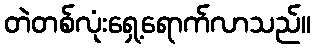
တဲတစ်လုံးရှေ့ရောက်လာသည်။